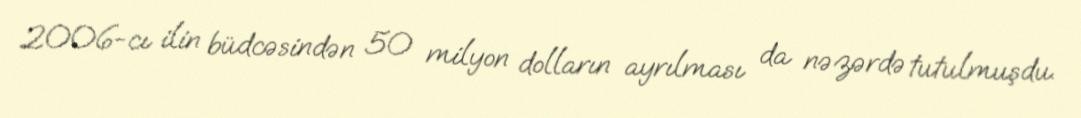
2006-cı ilin büdcəsindən 50 milyon dolların ayrılması da nəzərdə tutulmuşdu.